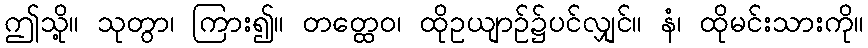
ဤသို့။ သုတွာ၊ ကြား၍။ တတ္ထေဝ၊ ထိုဥယျာဉ်၌ပင်လျှင်။ နံ၊ ထိုမင်းသားကို။